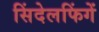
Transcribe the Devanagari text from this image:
सिंदेलफिंगें